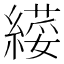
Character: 𦄫